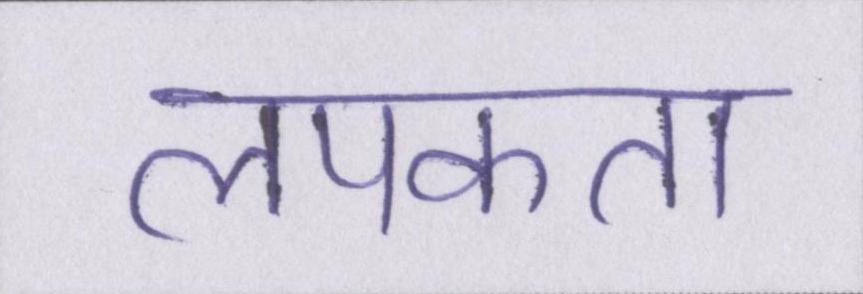
लपकता